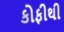
કોફીથી